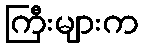
ကြီးများက